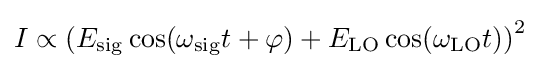
I\propto \left(E_{\mathrm {sig} }\cos(\omega _{\mathrm {sig} }t+\varphi )+E_{\mathrm {LO} }\cos(\omega _{\mathrm {LO} }t)\right)^{2}